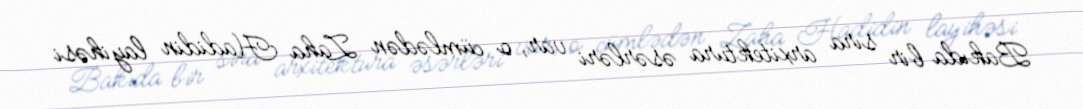
Bakıda bir sıra arxitektura əsərləri var, o cümlədən Zaha Hadidin layihəsi